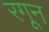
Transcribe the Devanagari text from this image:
रगून